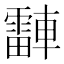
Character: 𬧾